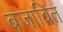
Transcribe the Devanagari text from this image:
बजावित